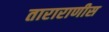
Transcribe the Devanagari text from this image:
ताराराणीस